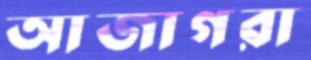
আজাগরা